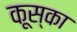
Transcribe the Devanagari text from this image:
कूस्का